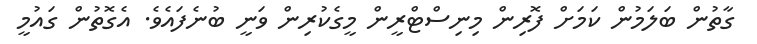
ގާތުން ބަލަމުން ކަމަށް ފޮރިން މިނިސްޓްރީން މީގެކުރިން ވަނީ ބުނެފައެވެ. އެގޮތުން ގައުމީ